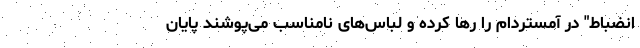
انضباط" در آمستردام را رها کرده و لباس‌های نامناسب می‌پوشند پایان